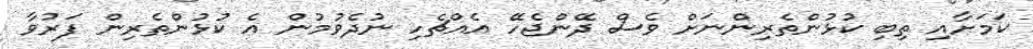
ކަމަށާއި ތިބި ކުޅުންތެރިންނަށް ވެސް ދޭންޖެހޭ އެއްޗެހި ނުދެވުމުން އެ ކުޅުންތެރިން ފަރުވާ